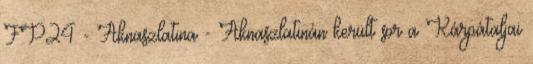
FP24 - Aknaszlatina - Aknaszlatinán került sor a Kárpátaljai